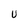
Character: U